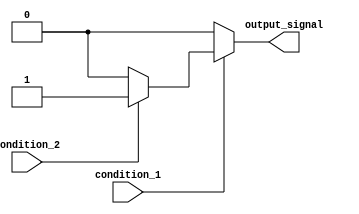
module nested_if_else_example (
    input wire condition_1,
    input wire condition_2,
    output reg output_signal
);

always @*
begin
    if (condition_1) begin
        if (condition_2) begin
            output_signal <= 1;
        end else begin
            output_signal <= 0;
        end
    end else begin
        output_signal <= 0;
    end
end

endmodule